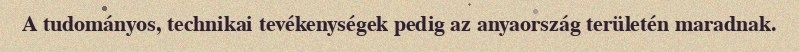
A tudományos, technikai tevékenységek pedig az anyaország területén maradnak.